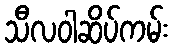
သီလဝါဆိပ်ကမ်း